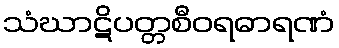
သံဃာဋိပတ္တစီဝရဓာရဏံ